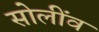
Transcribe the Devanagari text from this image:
सोलींव